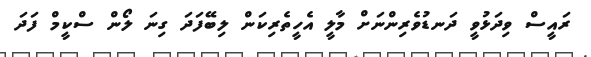
ރައީސް ވިދަޅުވީ ދަނޑުވެރިންނަށް މާލީ އެހީތެރިކަން ލިބޭފަދަ ގިނަ ލޯން ސްކީމް ފަަދަ